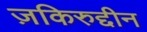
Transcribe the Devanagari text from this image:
ज़किरुद्दीन